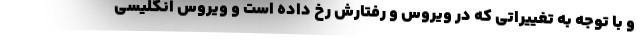
و با توجه به تغییراتی که در ویروس و رفتارش رخ داده است و ویروس انگلیسی